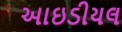
આઇડીયલ